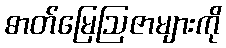
ဓာတ်မြေဩဇာများကို